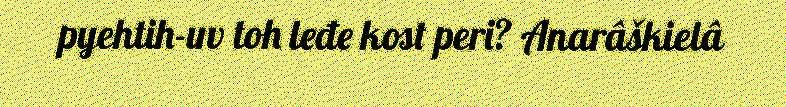
pyehtih-uv toh leđe kost peri? Anarâškielâ